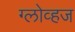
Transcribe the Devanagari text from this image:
ग्लोव्हज